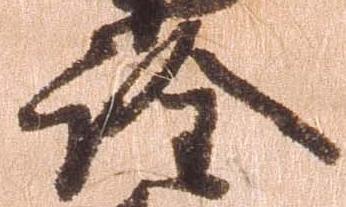
詮